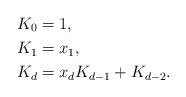
LaTeX: \begin{align*} K_0 &= 1,\\ K_1 &=x_1,\\ K_d &=x_dK_{d-1}+K_{d-2}. \end{align*}